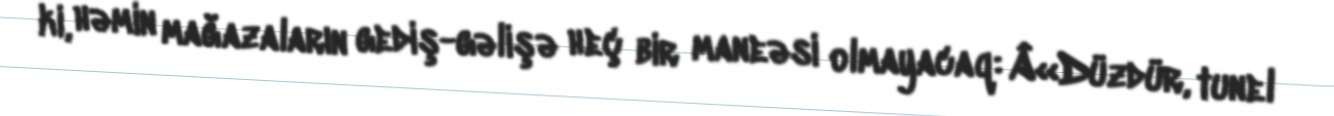
ki, həmin mağazaların gediş-gəlişə heç bir maneəsi olmayacaq: Â«Düzdür, tunel